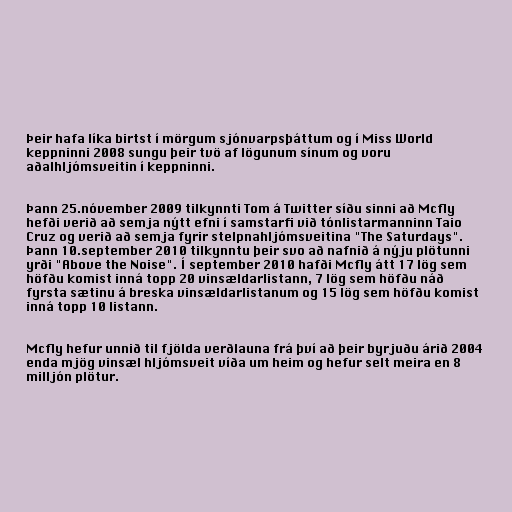
Þeir hafa líka birtst í mörgum sjónvarpsþáttum og í Miss World
keppninni 2008 sungu þeir tvö af lögunum sínum og voru
aðalhljómsveitin í keppninni.

Þann 25.nóvember 2009 tilkynnti Tom á Twitter síðu sinni að Mcfly
hefði verið að semja nýtt efni í samstarfi við tónlistarmanninn Taio
Cruz og verið að semja fyrir stelpnahljómsveitina "The Saturdays".
Þann 10.september 2010 tilkynntu þeir svo að nafnið á nýju plötunni
yrði "Above the Noise". Í september 2010 hafði Mcfly átt 17 lög sem
höfðu komist inná topp 20 vinsældarlistann, 7 lög sem höfðu náð
fyrsta sætinu á breska vinsældarlistanum og 15 lög sem höfðu komist
inná topp 10 listann.

Mcfly hefur unnið til fjölda verðlauna frá því að þeir byrjuðu árið 2004
enda mjög vinsæl hljómsveit víða um heim og hefur selt meira en 8
milljón plötur.